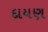
દાયણ